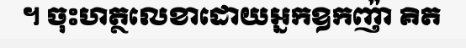
។ ចុះហត្ថលេខាដោយអ្នកឧកញ៉ា គិត